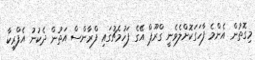
މިގޮތުން އެންމެ ފާހަގަކޮށްލެވެނީ ގްރޫޕް އޭގެ ފަހުމެޗުގައި ފްރާންސް އަތުން ދެކުނު އެފްރިކާ